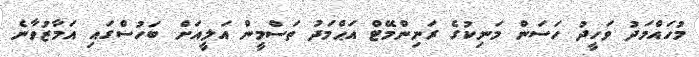
މުހައްމަދު ވަހީދު ހަސަން މަނިކުގެ ރަނިންމޭޓް އަޙްމަދު ތަސްމީން އަލީއަށް ބަހުސްގައި އަމާޒުވާނެ